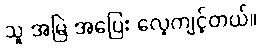
သူ အမြဲ အပြေး လေ့ကျင့်တယ်။